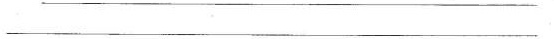
___